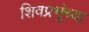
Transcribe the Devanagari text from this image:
शिवप्रभूंच्या